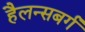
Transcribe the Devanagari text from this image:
हैलन्सबर्ग